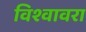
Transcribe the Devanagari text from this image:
विश्वावरा